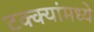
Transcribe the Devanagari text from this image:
टक्‍क्‍यांमध्ये